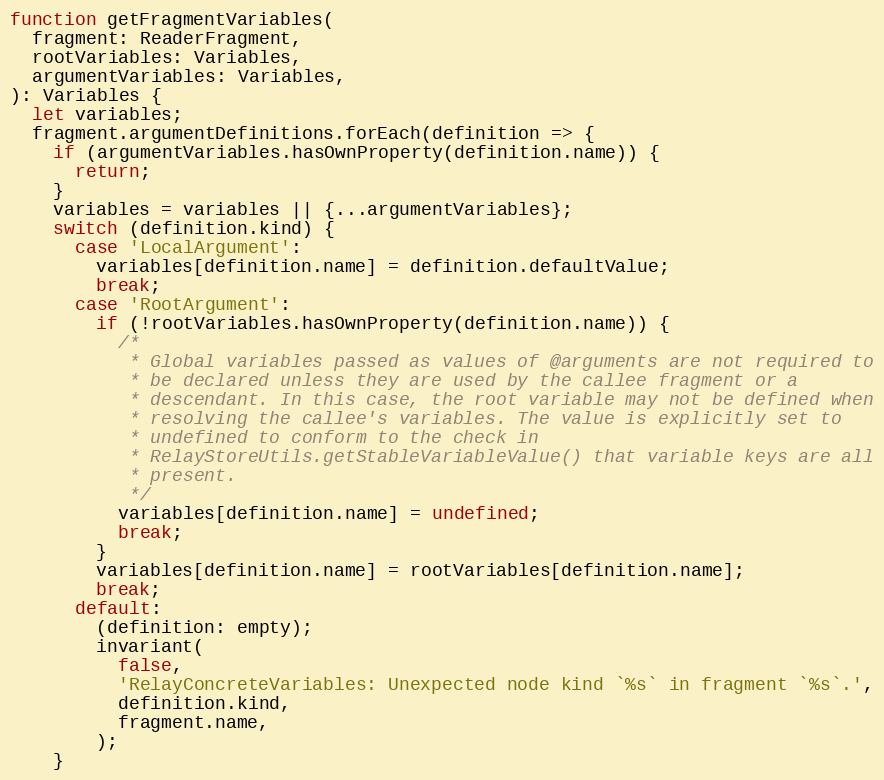
Language: JavaScript
function getFragmentVariables(
  fragment: ReaderFragment,
  rootVariables: Variables,
  argumentVariables: Variables,
): Variables {
  let variables;
  fragment.argumentDefinitions.forEach(definition => {
    if (argumentVariables.hasOwnProperty(definition.name)) {
      return;
    }
    variables = variables || {...argumentVariables};
    switch (definition.kind) {
      case 'LocalArgument':
        variables[definition.name] = definition.defaultValue;
        break;
      case 'RootArgument':
        if (!rootVariables.hasOwnProperty(definition.name)) {
          /*
           * Global variables passed as values of @arguments are not required to
           * be declared unless they are used by the callee fragment or a
           * descendant. In this case, the root variable may not be defined when
           * resolving the callee's variables. The value is explicitly set to
           * undefined to conform to the check in
           * RelayStoreUtils.getStableVariableValue() that variable keys are all
           * present.
           */
          variables[definition.name] = undefined;
          break;
        }
        variables[definition.name] = rootVariables[definition.name];
        break;
      default:
        (definition: empty);
        invariant(
          false,
          'RelayConcreteVariables: Unexpected node kind `%s` in fragment `%s`.',
          definition.kind,
          fragment.name,
        );
    }